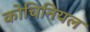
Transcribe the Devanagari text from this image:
कोचिनियल